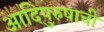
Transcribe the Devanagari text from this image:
आदिपुरुषाची